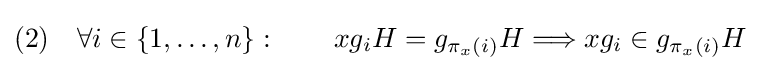
(2)\quad \forall i\in \{1,\ldots ,n\}:\qquad xg_{i}H=g_{\pi _{x}(i)}H\Longrightarrow xg_{i}\in g_{\pi _{x}(i)}H